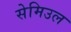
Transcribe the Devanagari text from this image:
सेमिउल